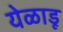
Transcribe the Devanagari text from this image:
येळाडू